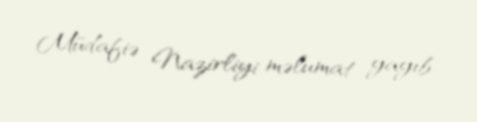
Müdafiə Nazirliyi məlumat yayıb.